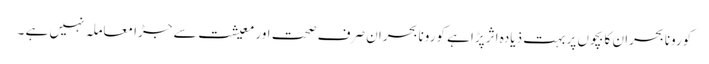
کورونا بحران کا بچوں پر بہت ذیادہ اثر پڑا ہے کورونا بحران صرف صحت اور معیشت سے جڑا معاملہ نہیں ہے ۔